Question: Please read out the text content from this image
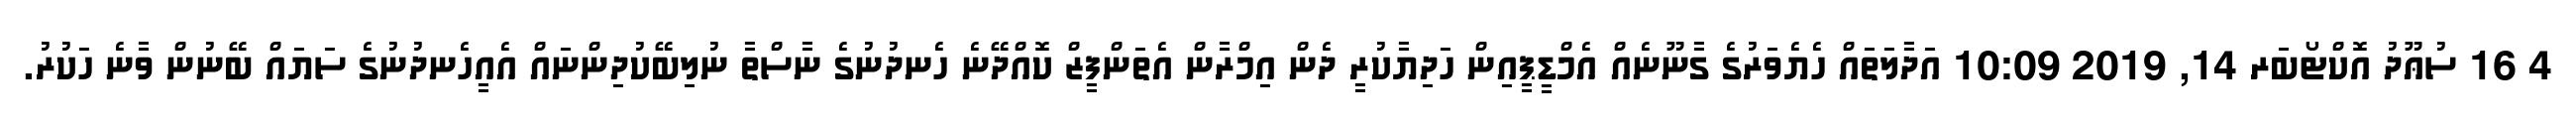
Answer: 4 16 ސުޢޫދު އޮކްޓޯބަރ 14, 2019 10:09 އަދާލަތައް ހެޔެވަރުގެ ގާނޫނެއް އެމްޑީޕީއިން ހަދިޔާކުރީ ދެން އިމްރާން އެތަންފީޒް ކޮއްދޭނެ ހެނދުނުގެ ނާސްތާ ނުލިބޭކުދިންނައް އެއީހެނދުނުގެ ސަޔައް ބޭނުން ވާނެ ހަކުރު.